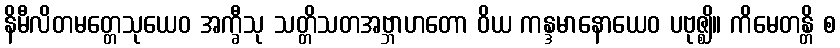
နိမီလိတမတ္တေသုယေဝ အက္ခီသု သတ္တိသတအဗ္ဘာဟတော ဝိယ ကန္ဒမာနောယေဝ ပဗုဇ္ဈိ။ ကိမေတန္တိ စ